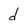
Character: d